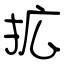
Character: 拡